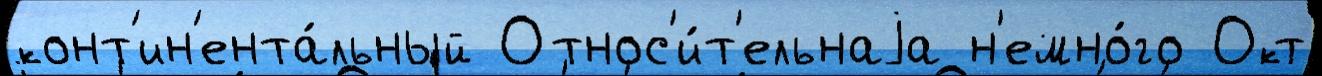
конт'ин'ента́льный Относ'и́т'ельнаjа н'емно́го Окт